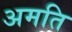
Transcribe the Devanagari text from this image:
अमति